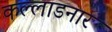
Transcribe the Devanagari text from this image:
कल्लाडनार